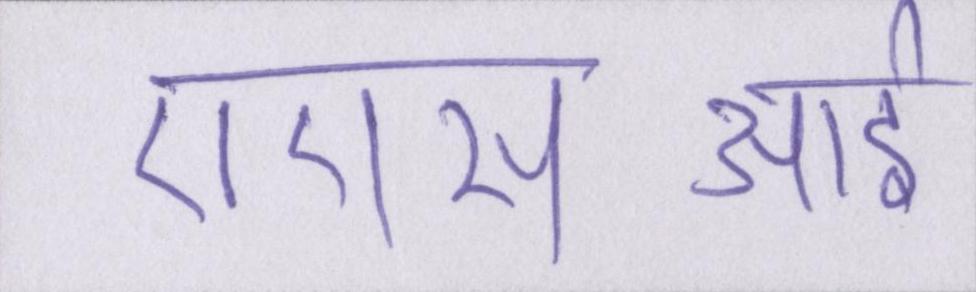
एएसआई